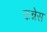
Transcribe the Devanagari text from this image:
कन्नेस